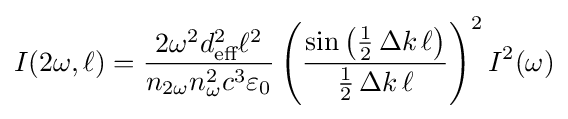
I(2\omega ,\ell )={\frac {2\omega ^{2}d_{\text{eff}}^{2}\ell ^{2}}{n_{2\omega }n_{\omega }^{2}c^{3}\varepsilon _{0}}}\left({\frac {\sin \left({\frac {1}{2}}\,\Delta k\,\ell \right)}{{\frac {1}{2}}\,\Delta k\,\ell }}\right)^{2}I^{2}(\omega )